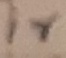
Text: ir